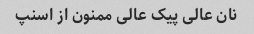
نان عالی پیک عالی ممنون از اسنپ